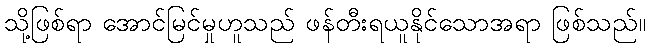
သို့ဖြစ်ရာ အောင်မြင်မှုဟူသည် ဖန်တီးရယူနိုင်သောအရာ ဖြစ်သည်။